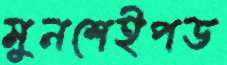
মুনশেইপড